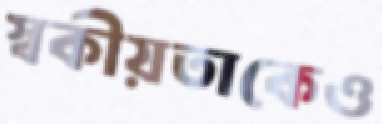
স্বকীয়তাকেও